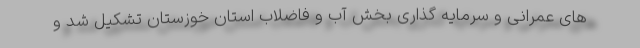
های عمرانی و سرمایه گذاری بخش آب و فاضلاب استان خوزستان تشکیل شد و